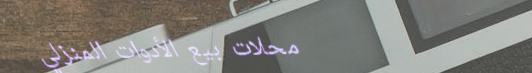
محلات بيع الأدوات المنزلي